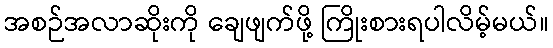
အစဉ်အလာဆိုးကို ချေဖျက်ဖို့ ကြိုးစားရပါလိမ့်မယ်။